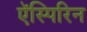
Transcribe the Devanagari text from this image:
ऍस्पिरिन